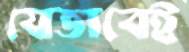
যেভাবেই